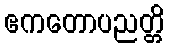
ဧကတောပညတ္တိ